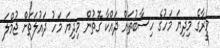
މީރާގެ މިދިޔަ މަހުގެ ހިސާބުތައް ދައްކާ ގޮތުން މިދިޔަ މަހު ދައުލަތަށް ޖުމްލަ